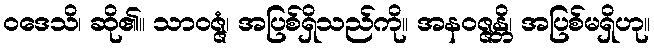
ဝဒေသိ၊ ဆို၏။ သာဝဇ္ဇံ၊ အပြစ်ရှိသည်ကို။ အနဝဇ္ဇန္တိ၊ အပြစ်မရှိဟု။